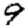
Digit: 9